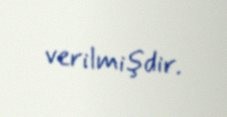
verilmişdir.